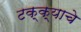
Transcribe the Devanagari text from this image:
टक्क्याचे